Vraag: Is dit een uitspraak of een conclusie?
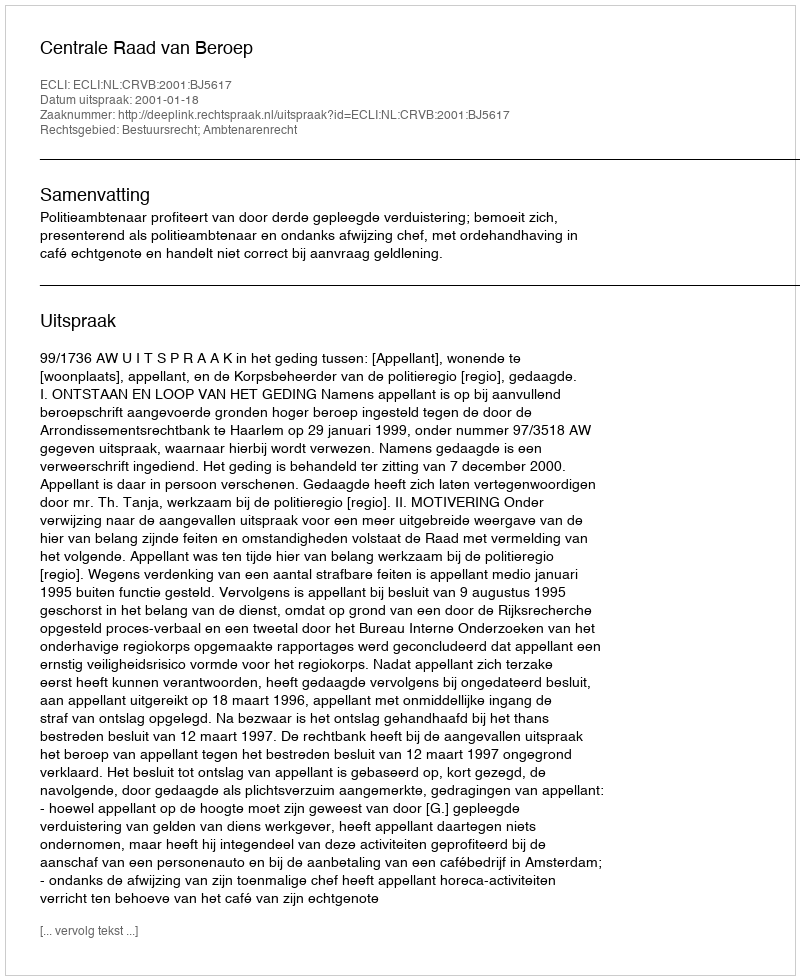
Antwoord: Uitspraak